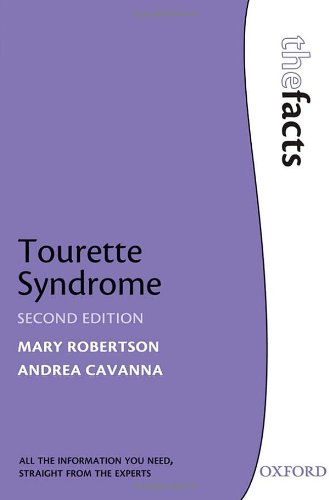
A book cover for Tourette Syndrome (The Facts Series); Health, Fitness & Dieting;